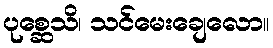
ပုစ္ဆေသိ၊ သင်မေးချေလော။